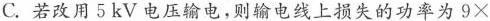
C.若改用5kV电压输电，则输电线上损失的功率为9 \times